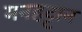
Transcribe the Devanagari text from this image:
मनहट्टान